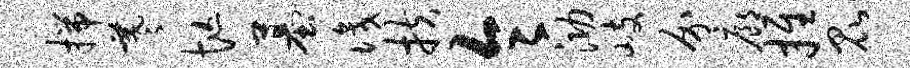
揣羲忙墓识扶令泐岐介廊推昆